Annual administration report of the Civil Veterinary Department, Sind - 1937-1938
Year: 1937
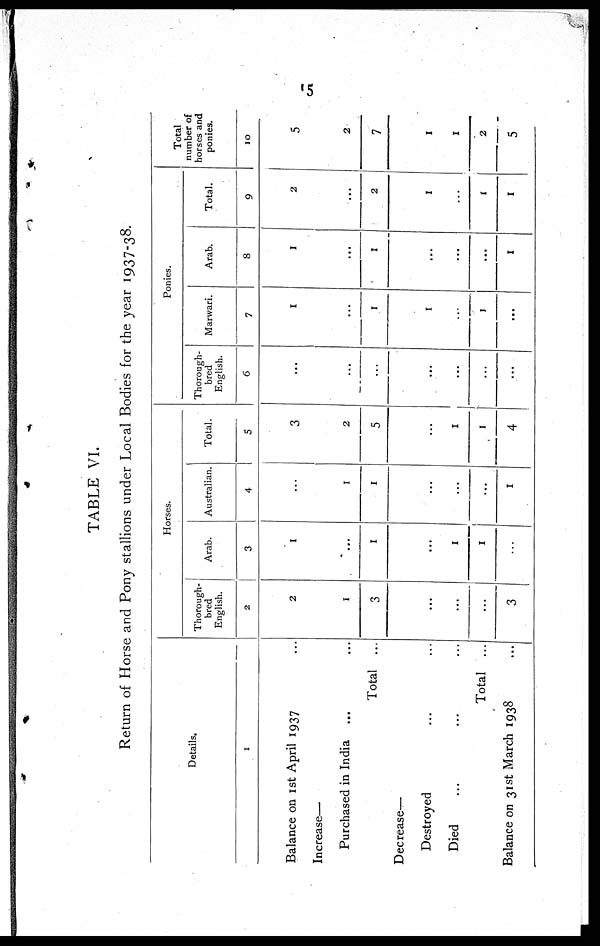
15
TABLE VI.
Return of Horse and Pony stallions under Local Bodies for the year 1937-38.
Details.
1
Balance on 1st April 1937 ...
Increase—
Purchased in India ... ...
Total ...
Decrease-
Destroyed ... ...
Died ... ... ...
Total ...
Balance on 31st March 1938
...
Horses.
Thorough-
bred
English.
2
2
1
3
...
...
...
3
Arab.
3
1
...
1
...
1
...
...
Australian.
4
...
1
1
...
...
...
1
Total.
5
3
2
5
...
1
1
4
Ponies.
Thorough-
bred
English.
6
...
...
...
...
...
...
...
Marwari.
7
1
...
1
1
...
1
...
Arab.
8
1
...
1
...
...
...
1
Total.
9
2
...
2
1
...
1
1
Total
number of
horses and
ponies.
10
5
2
7
1
1
2
5